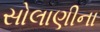
સોલાણીના